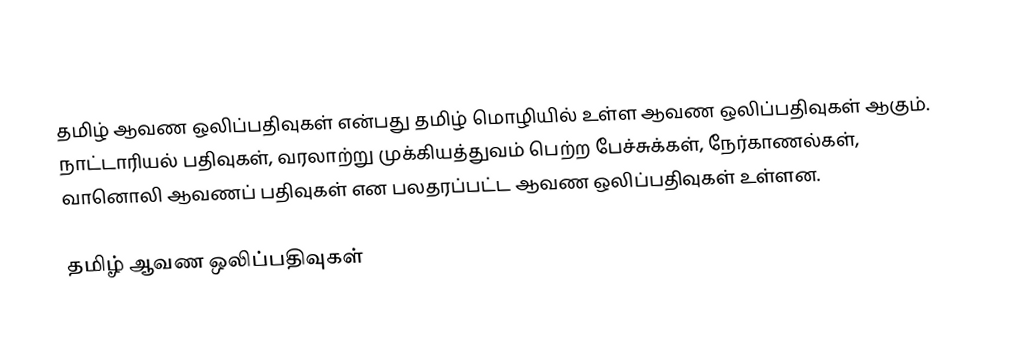
தமிழ் ஆவண ஒலிப்பதிவுகள் என்பது தமிழ் மொழியில் உள்ள ஆவண ஒலிப்பதிவுகள் ஆகும்.  நாட்டாரியல் பதிவுகள், வரலாற்று முக்கியத்துவம் பெற்ற பேச்சுக்கள், நேர்காணல்கள், வானொலி ஆவணப் பதிவுகள் என பலதரப்பட்ட ஆவண ஒலிப்பதிவுகள் உள்ளன.

தமிழ் ஆவண ஒலிப்பதிவுகள்